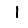
Digit: 1